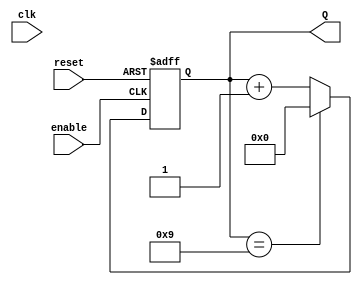
module decade_counter (
    input wire reset,      // Asynchronous reset signal
    input wire enable,     // Enable signal to trigger counting
    input wire clk,        // Clock signal (for simulation purposes)
    output reg [3:0] Q     // 4-bit output representing the count
);

// Asynchronous reset and counting logic
always @(posedge enable or posedge reset) begin
    if (reset) begin
        Q <= 4'b0000; // Reset the counter to 0
    end else begin
        if (Q == 4'b1001) begin
            Q <= 4'b0000; // Reset to 0 when reaching 10 (1010)
        end else begin
            Q <= Q + 1; // Increment the counter
        end
    end
end

endmodule